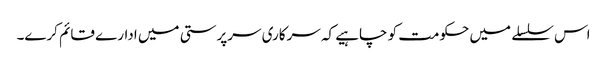
اس سلسلے میں حکومت کو چاہیے کہ سرکاری سرپرستی میں ادارے قائم کرے۔